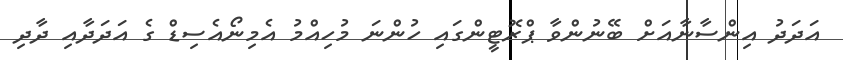
އަދަދު އިންސާނާއަށް ބޭނުންވާ ޕްރޮޓީންގައި ހުންނަ މުހިއްމު އެމިނޯއެސިޑް ގެ އަދަދާއި ދާދި